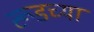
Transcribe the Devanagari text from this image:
रूडच्या